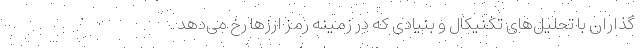
گذاران با تحلیل‌های تکنیکال و بنیادی که در زمینه رمز ارز‌ها رخ می‌دهد